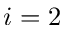
i = 2